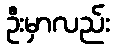
ဦးမှာလည်း